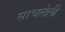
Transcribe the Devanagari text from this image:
साचलेली